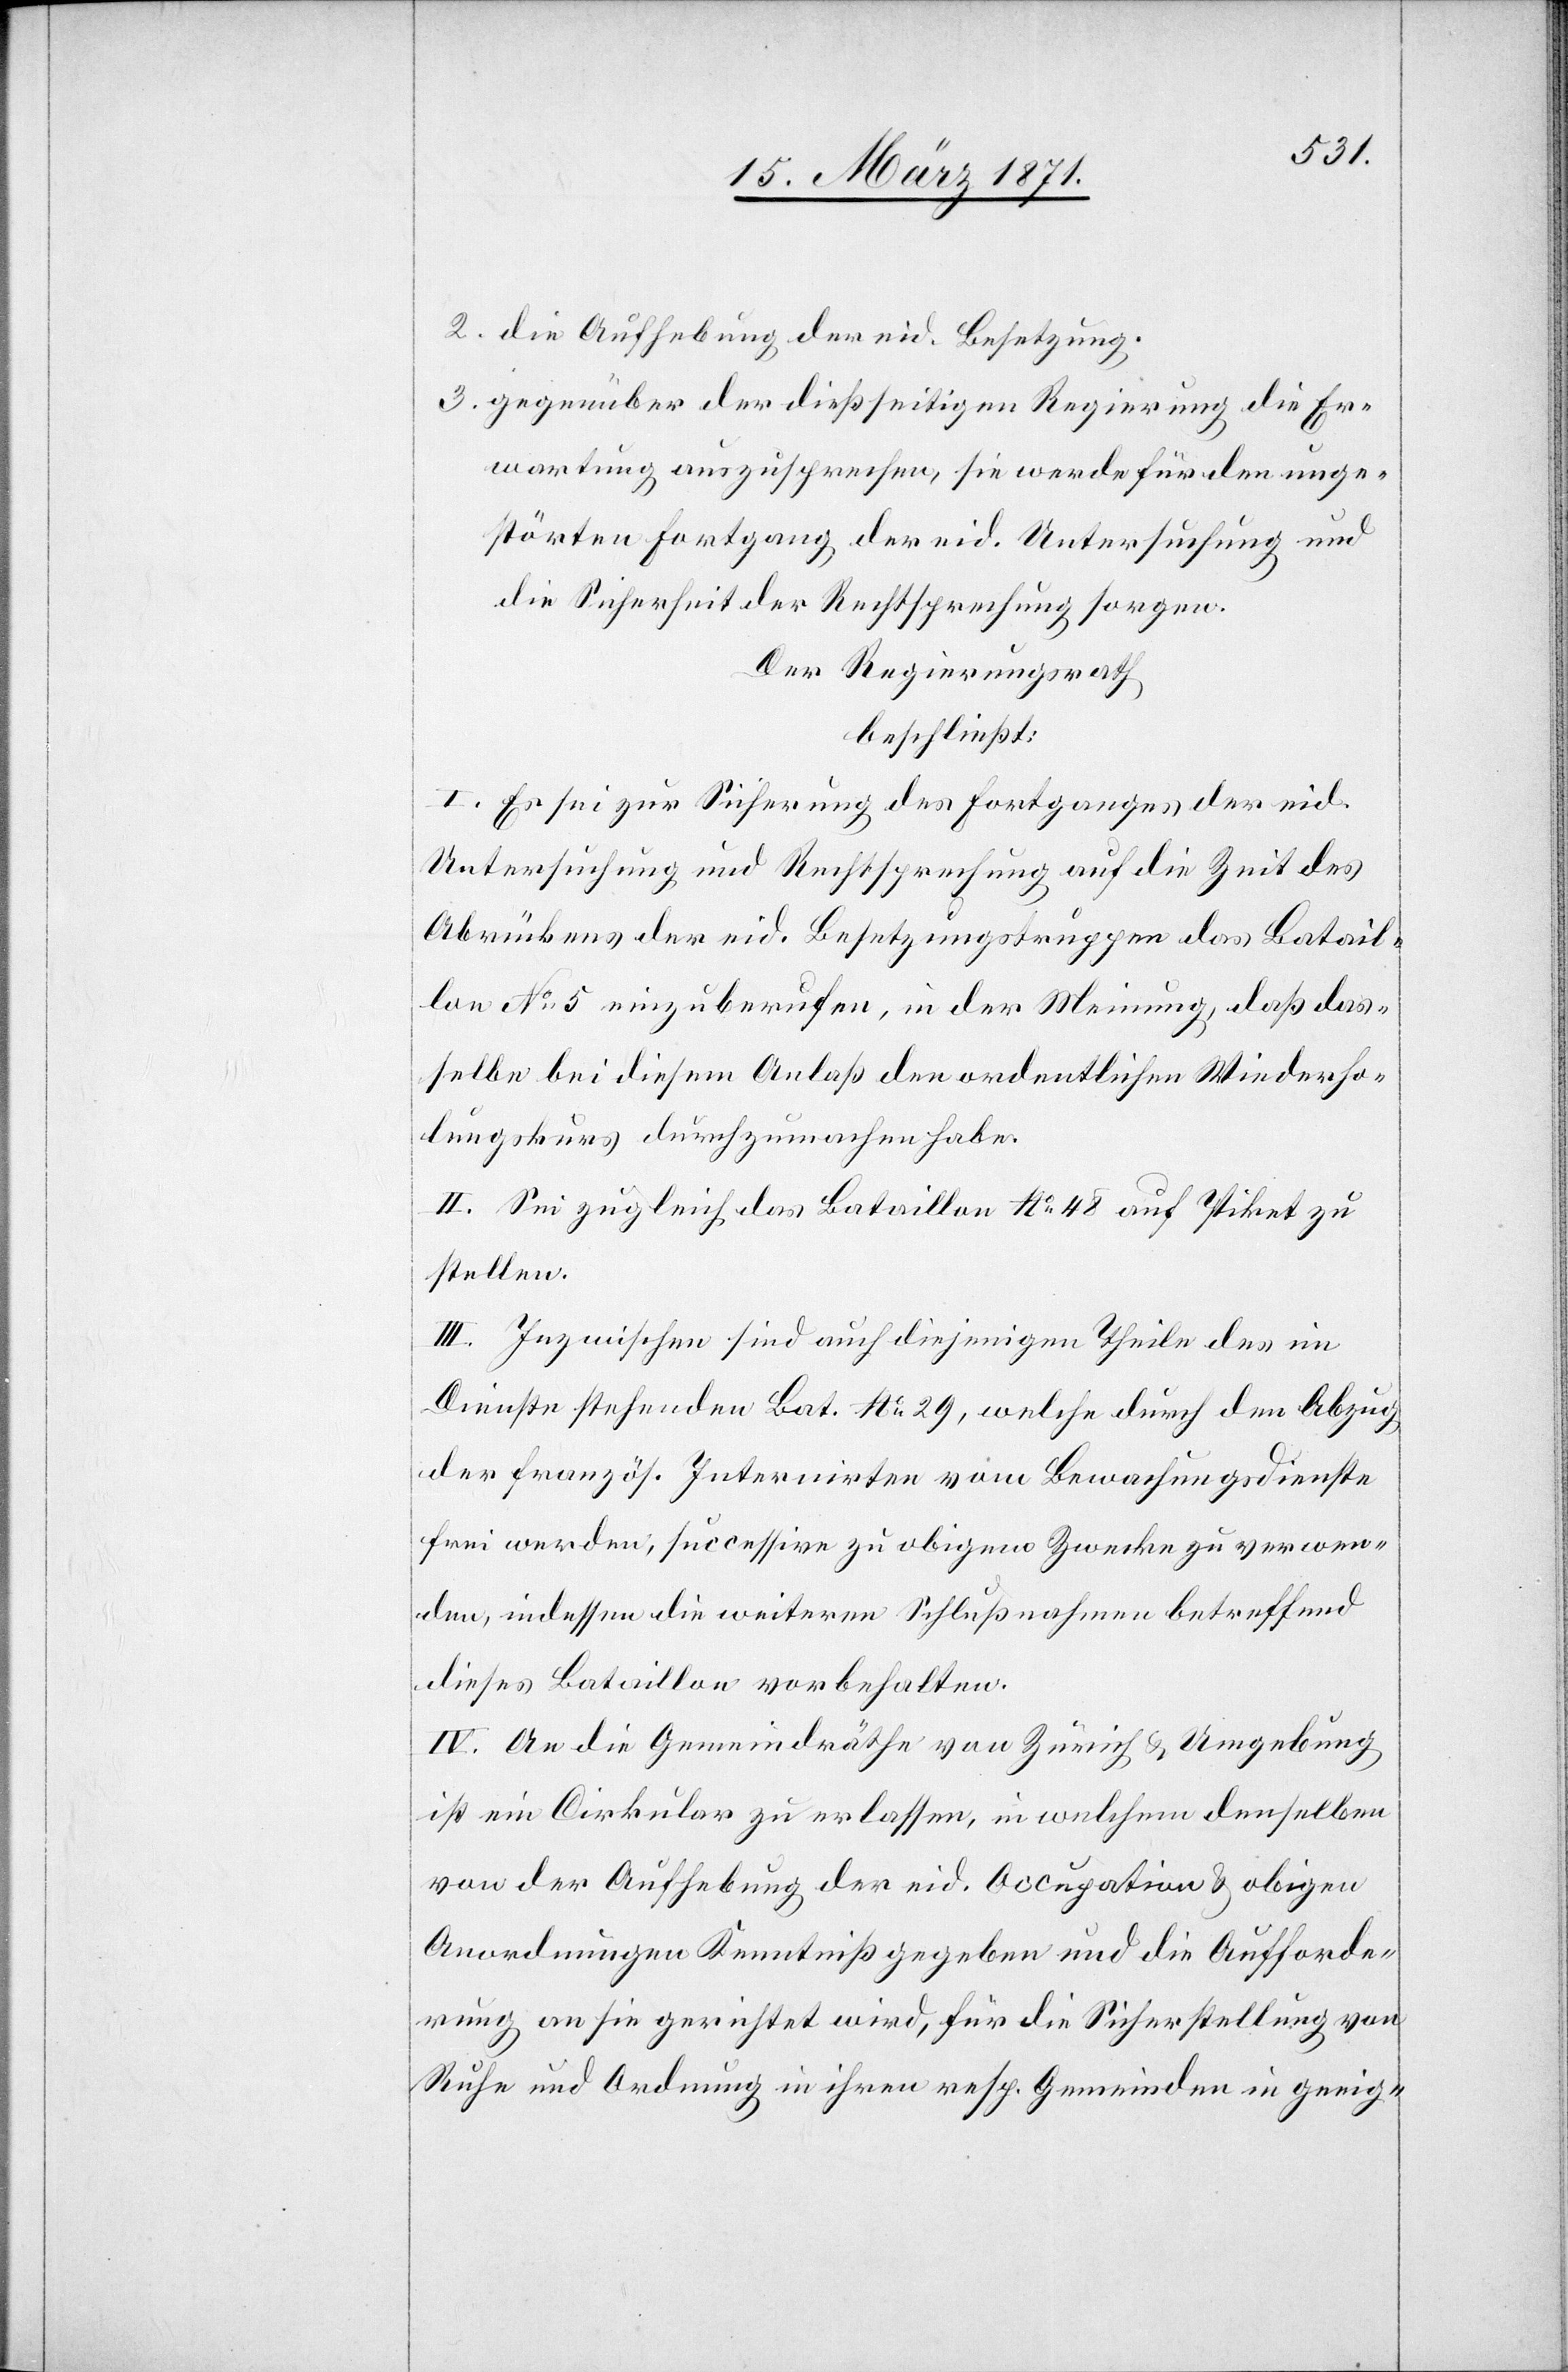
2. die Aufhebung der eid. Besetzung.
3. gegenüber der dießseitigen Regierung die Er¬
wartung auszusprechen, sie werde für den unge¬
störten Fortgang der eid. Untersuchung und
die Sicherheit der Rechtsprechung sorgen.
Der Regierungsrath
beschließt:
I. Es sei zur Sicherung des Fortganges der eid.
Untersuchung und Rechtsprechung auf die Zeit des
Abrückens der eid. Besetzungstruppen das Batail¬
lon No. 5 einzuberufen, in der Meinung, daß das¬
selbe bei diesem Anlaß den ordentlichen Wiederho¬
lungskurs durchzumachen habe.
II. Sei zugleich das Bataillon No. 48 auf Piket zu
stellen.
III. Inzwischen sind auch diejenigen Theile des im
Dienste stehenden Bat. No. 29, welche durch den Abzug
der französ. Internirten vom Bewachungsdienste
frei werden, successive zu obigem Zwecke zu verwen¬
den, indessen die weiteren Schlußnahmen betreffend
dieses Bataillon vorbehalten.
IV. An die Gemeindräthe von Zürich u. Umgebung
ist ein Cirkular zu erlassen, in welchem denselben
von der Aufhebung der eid. Occupation u. obigen
Anordnungen Kenntniß gegeben und die Aufforde¬
rung an sie gerichtet wird, für die Sicherstellung von
Ruhe und Ordnung in ihren resp. Gemeinden in geeig-